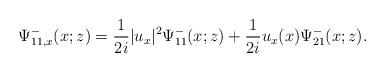
LaTeX: \begin{align*}\Psi^-_{11,x}(x;z)=\frac{1}{2 i}|u_x|^{2} \Psi^-_{11}(x;z)+\frac{1}{2 i} u_x(x) \Psi^-_{21}(x;z).\end{align*}